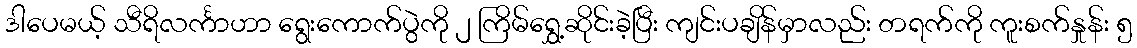
ဒါပေမယ့် သီရိလင်္ကာဟာ ရွေးကောက်ပွဲကို ၂ ကြိမ်ရွှေ့ဆိုင်းခဲ့ပြီး ကျင်းပချိန်မှာလည်း တရက်ကို ကူးစက်နှုန်း ၅